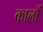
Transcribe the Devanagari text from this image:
कालौं